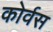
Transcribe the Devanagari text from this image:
कोर्वस